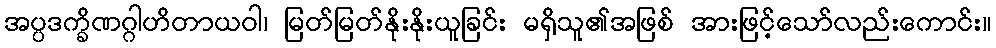
အပ္ပဒက္ခိဏဂ္ဂါဟိတာယဝါ၊ မြတ်မြတ်နိုးနိုးယူခြင်း မရှိသူ၏အဖြစ် အားဖြင့်သော်လည်းကောင်း။